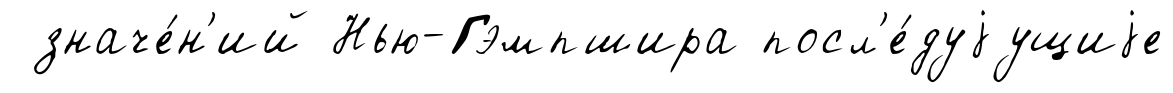
значе́н'ий Нью-Гэмпшира посл'е́дуjущиjе